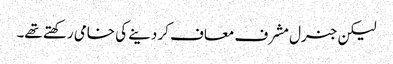
لیکن جنرل مشرف معاف کر دینے کی خامی رکھتے تھے۔